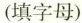
(填字母)